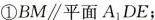
①BM\parallel平面A_{1}DE；